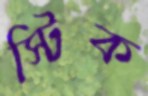
স্টিক